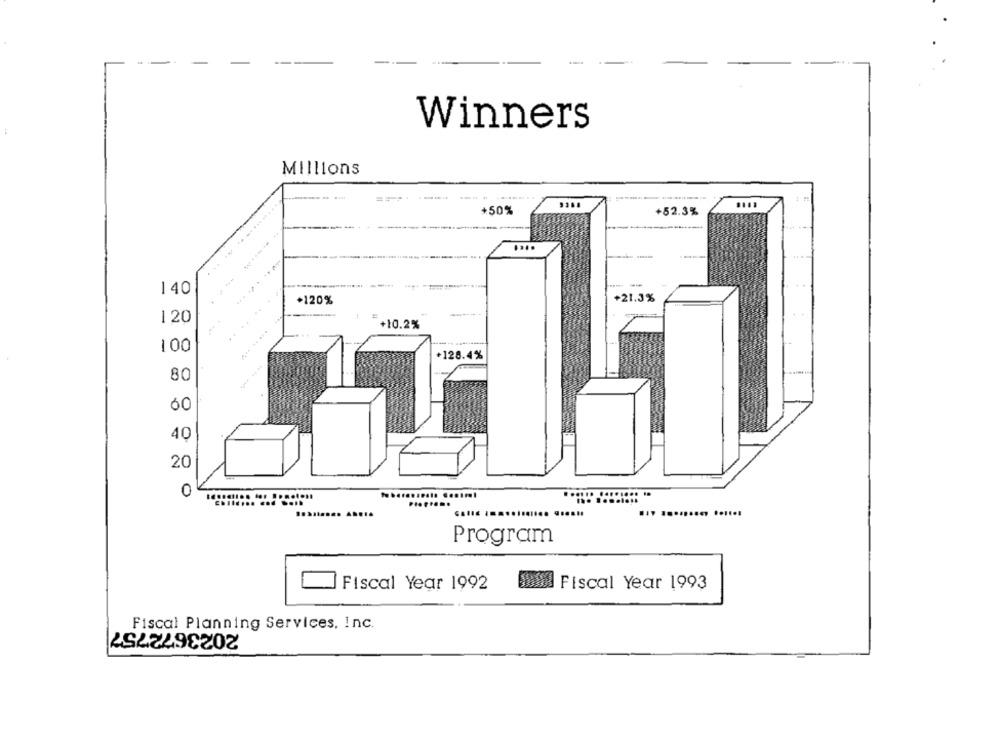
--
Winners
Millions
+50%
+52.3%
.....
..... .. ...
.....
--
140
+120%
+21.3%
120
+10.2%
100
+128.4%
80
40
20
............ .......
... ......... ......
Program
Fiscal Year 1992
Da Fiscal Year 1993
2023672757
Fiscal Planning Services, Inc.